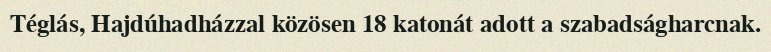
Téglás, Hajdúhadházzal közösen 18 katonát adott a szabadságharcnak.